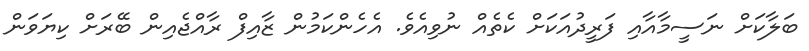
ބަލާކަށް ނަސީމާއާއި ފަރީދުއަކަށް ކެތެއް ނުވިއެވެ. އެހެންކަމުން ޒާއިފް ރާއްޖެއިން ބޭރަށް ކިޔަަވަން